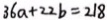
3 6 a + 2 2 b = 2 1 8